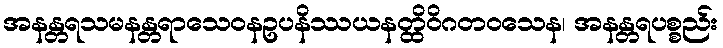
အနန္တရသမနန္တရာသေဝနဥပနိဿယနတ္ထိဝိဂတဝသေန၊ အနန္တရပစ္စည်း